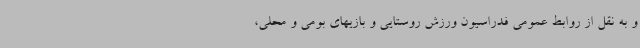
و به نقل از روابط عمومی فدراسیون ورزش روستایی و بازیهای بومی و محلی،